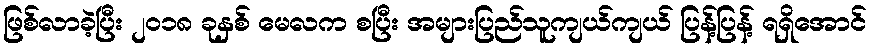
ဖြစ်လာခဲ့ပြီး ၂၀၁၈ ခုနှစ် မေလက စပြီး အများပြည်သူကျယ်ကျယ် ပြန့်ပြန့် ရရှိအောင်